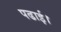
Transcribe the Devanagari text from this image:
पढाई।